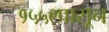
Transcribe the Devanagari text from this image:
१५५९पासून